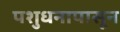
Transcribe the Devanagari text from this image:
पशुधनापासून